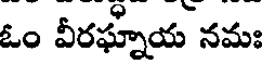
ఓం వీరఘ్నాయ నమః